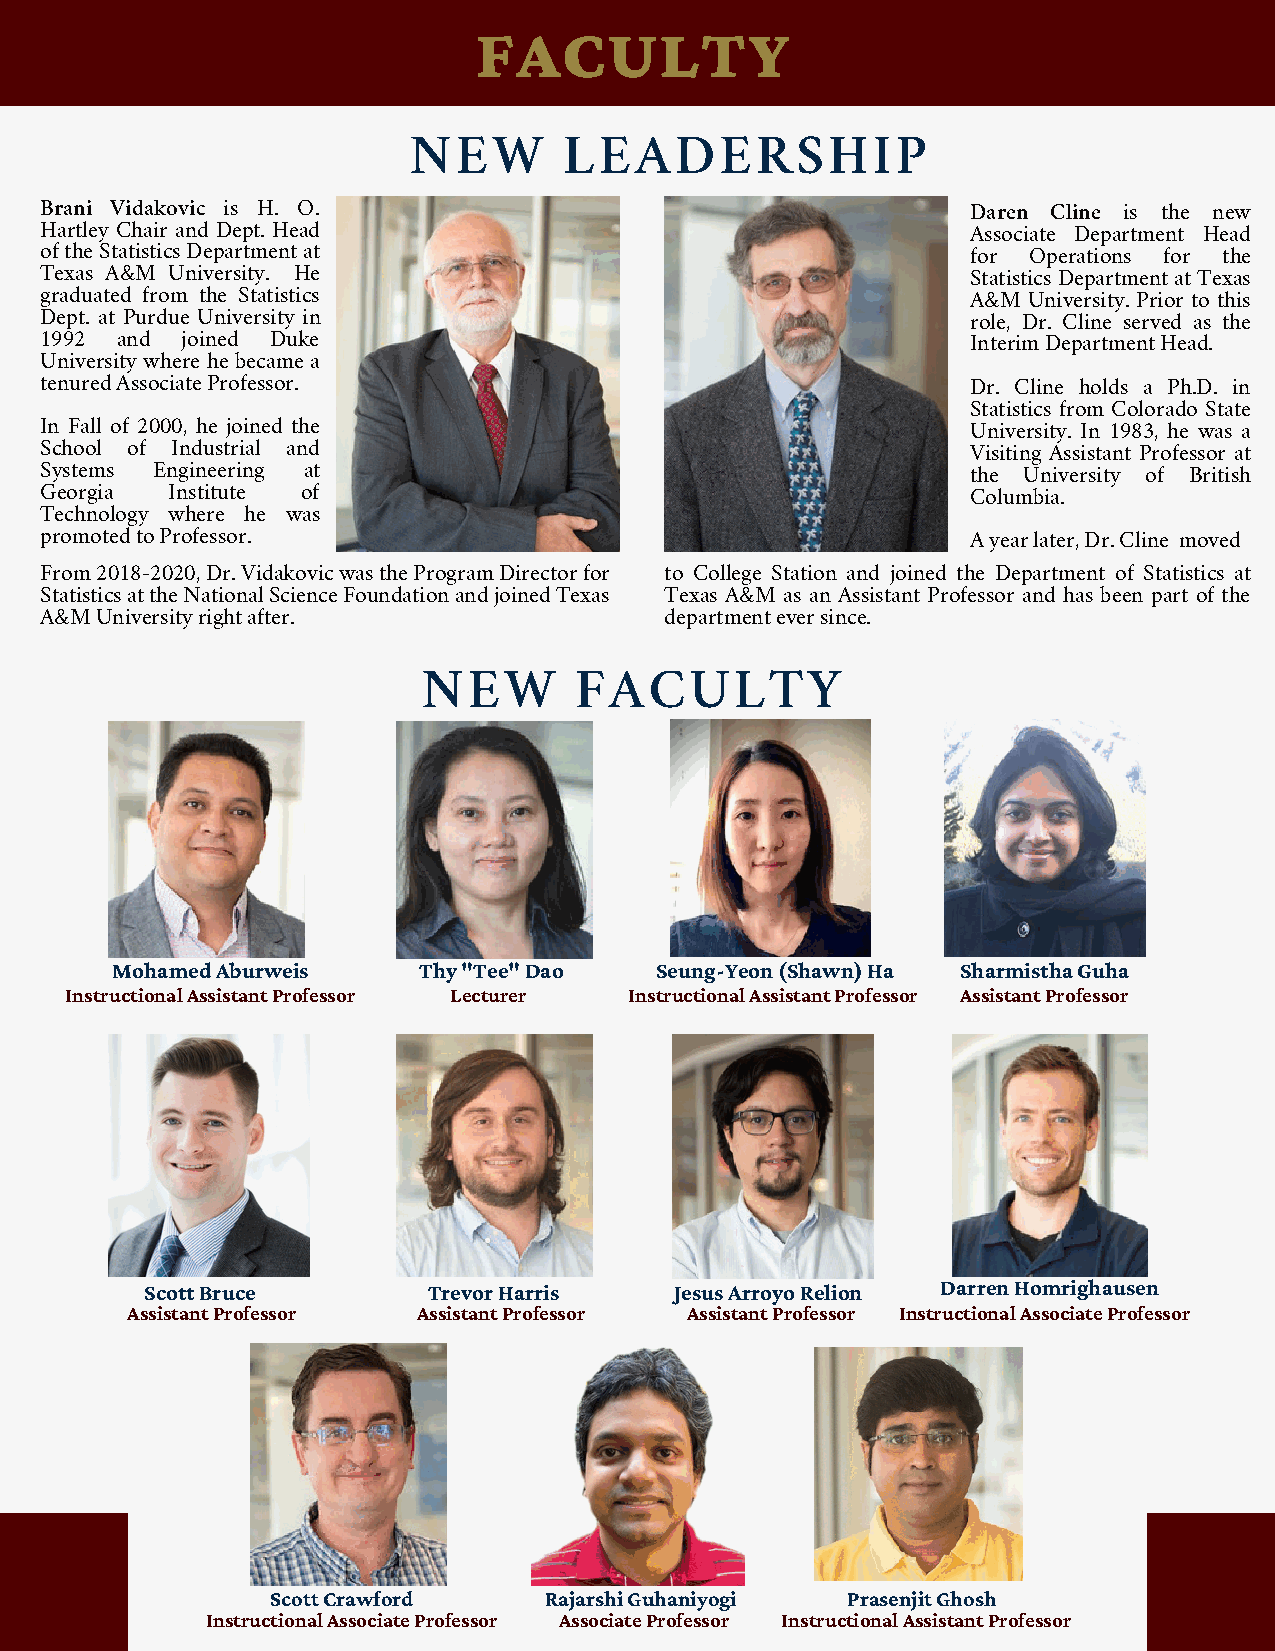
FACULTY
 NEW       LEADERSHIP
 Brani Vidakovic is H. O.                                     Daren Cline is the new
 Hartley Chair and Dept. Head                                 Associate Department Head
 of the Statistics Department at                              for Operations for the
 Texas A&M University. He                                     Statistics Department at Texas
 graduated from the Statistics                                A&M University. Prior to this
 Dept. at Purdue University in                                role, Dr. Cline served as the
 1992 and joined Duke                                         Interim Department Head.
 University where he became a
 tenured Associate Professor.                                 Dr. Cline holds a Ph.D. in
 Statistics from Colorado State
 In Fall of 2000, he joined the                               University. In 1983, he was a
 School of Industrial and                                     Visiting Assistant Professor at
 Systems Engineering at                                       the University of British
 Georgia Institute of                                         Columbia.
 Technology where he was
 promoted to Professor.                                       A year later, Dr. Cline moved
 From 2018-2020, Dr. Vidakovic was the Program Director for to College Station and joined the Department of Statistics at
 Statistics at the National Science Foundation and joined Texas Texas A&M as an Assistant Professor and has been part of the
 A&M University right after.              department ever since.
 NEW       FACULTY
 Mohamed Aburweis     Thy "Tee" Dao  Seung-Yeon (Shawn) Ha Sharmistha Guha
 Instructional Assistant Professor Lecturer Instructional Assistant Professor Assistant Professor
 Scott Bruce       Trevor Harris    Jesus Arroyo Relion Darren Homrighausen
 Assistant Professor Assistant Professor Assistant Professor Instructional Associate Professor
 Scott Crawford    Rajarshi Guhaniyogi Prasenjit Ghosh
 Instructional Associate Professor Associate Professor Instructional Assistant Professor